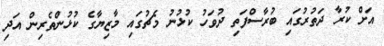
އަށް ކުރާ ދަތުރުގައި ބުރާސްފަތި ދުވަހު ކުޅުނު މެޗުގައި މާޒިޔާގެ ކުޅުންތެރިން އަދި